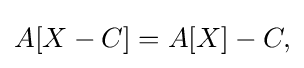
{\textstyle A[X-C]=A[X]-C,}